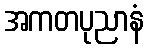
အကတပုညာနံ